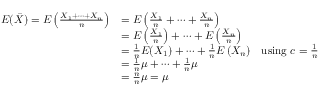
\begin{array} { r l r } { E ( \bar { X } ) = E \left( \frac { X _ { 1 } + \cdots + X _ { n } } { n } \right) } & { = E \left( \frac { X _ { 1 } } { n } + \cdots + \frac { X _ { n } } { n } \right) } \\ & { = E \left( \frac { X _ { 1 } } { n } \right) + \cdots + E \left( \frac { X _ { n } } { n } \right) } \\ & { = \frac { 1 } { n } E ( X _ { 1 } ) + \cdots + \frac { 1 } { n } E \left( X _ { n } \right) } & { \mathrm { u s i n g ~ } c = \frac 1 n } \\ & { = \frac { 1 } { n } \mu + \cdots + \frac { 1 } { n } \mu } \\ & { = \frac { n } { n } \mu = \mu } \end{array}